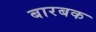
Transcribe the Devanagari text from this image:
बारबक